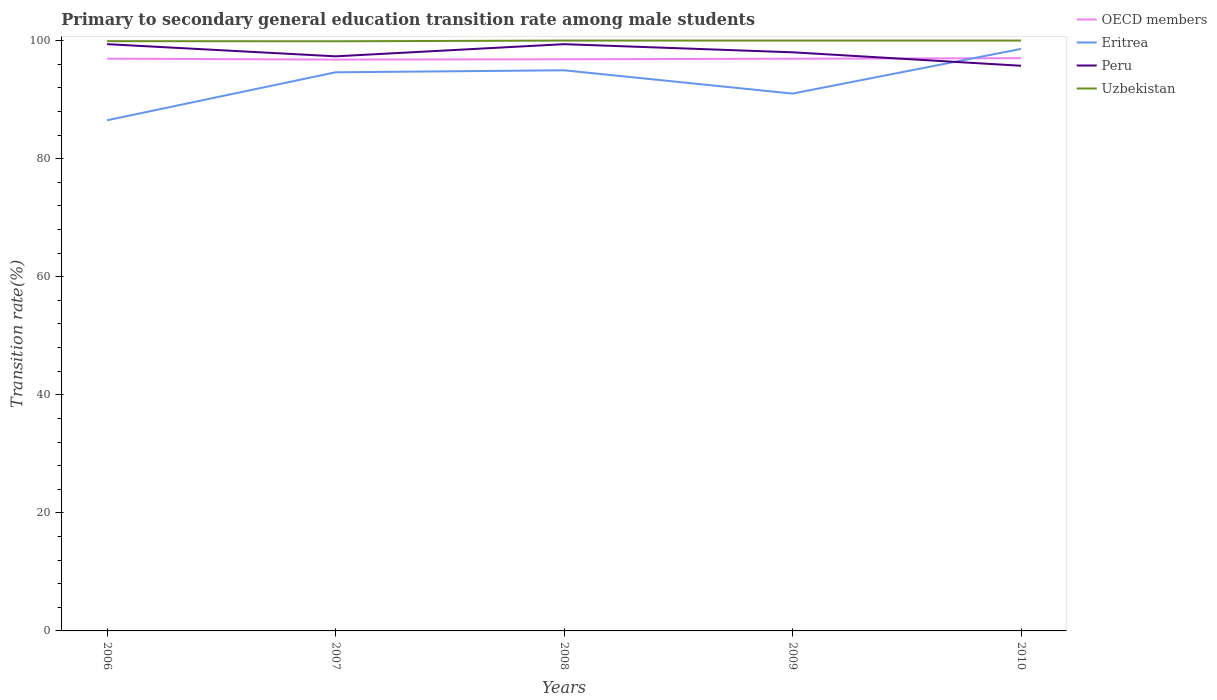
| Years | OECD members | Eritrea | Peru | Uzbekistan |
 | --- | --- | --- | --- | --- |
 | 2006 | 96.9 | 86.5 | 99.4 | 99.9 |
 | 2007 | 96.8 | 94.6 | 97.3 | 99.9 |
 | 2008 | 96.8 | 95 | 99.4 | 100 |
 | 2009 | 96.9 | 91 | 98 | 100 |
 | 2010 | 97 | 98.6 | 95.7 | 100 |